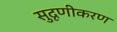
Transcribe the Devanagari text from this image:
सुदृणीकरण